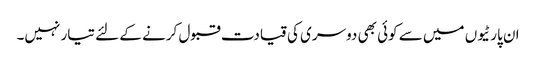
ان پارٹیوں میں سے کوئی بھی دوسری کی قیادت قبول کرنے کے لئے تیار نہیں۔